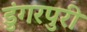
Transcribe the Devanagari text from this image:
डुंगरपुरी